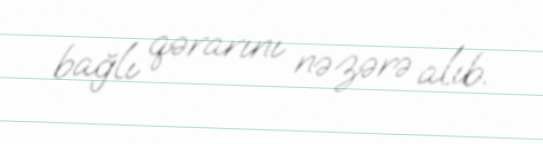
bağlı qərarını nəzərə alıb.